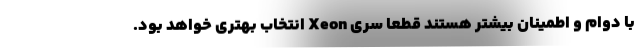
با دوام و اطمینان بیشتر هستند قطعا سری Xeon انتخاب بهتری خواهد بود.